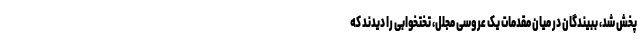
پخش شد، ببیندگان در میان مقدمات یک عروسی مجلل، تختخوابی را دیدند که